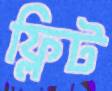
ফ্লিট